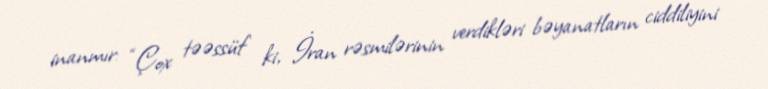
inanmır: “Çox təəssüf ki, İran rəsmilərinin verdikləri bəyanatların ciddiliyini